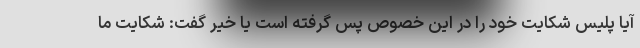
آیا پلیس شکایت خود را در این خصوص پس گرفته است یا خیر گفت: شکایت ما